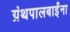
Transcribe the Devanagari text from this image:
ग्रंथपालबाईंना